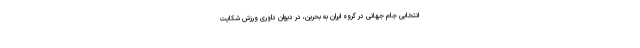
انتخابی جام جهانی در گروه ایران به بحرین، در دیوان داوری ورزش شکایت